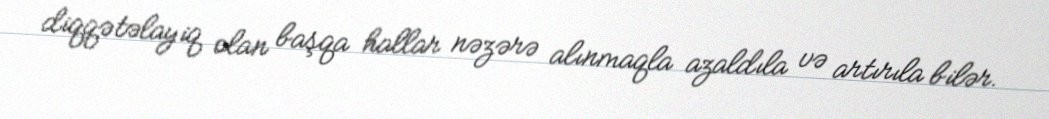
diqqətəlayiq olan başqa hallar nəzərə alınmaqla azaldıla və artırıla bilər.